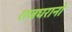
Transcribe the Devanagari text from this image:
राजघरानो